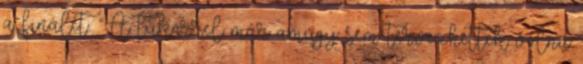
a finálét. “A tükörrel már amúgy sem tervezhettek volna